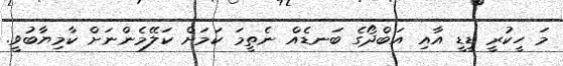
މަ ހީކުރީ ޑީޑީ އާއި އަބްދޯގެ ބަނޑެއް ނެތީމަ ކަމަށް ކަލޭމެންނަށް ކާމިޔާބުވީ.